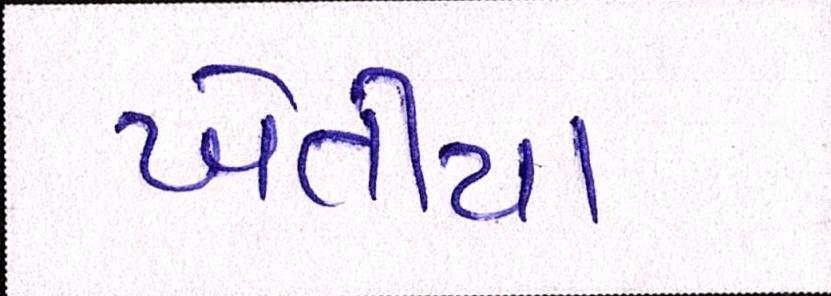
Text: ખેતીયા